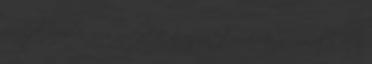
ellenzék azonban nem nyitott az együttműködésre -mondta el az